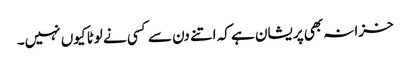
خزانہ بھی پریشان ہے کہ اتنے دن سے کسی نے لوٹا کیوں نہیں۔